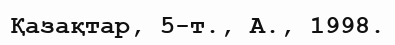
Қазақтар, 5-т., А., 1998.